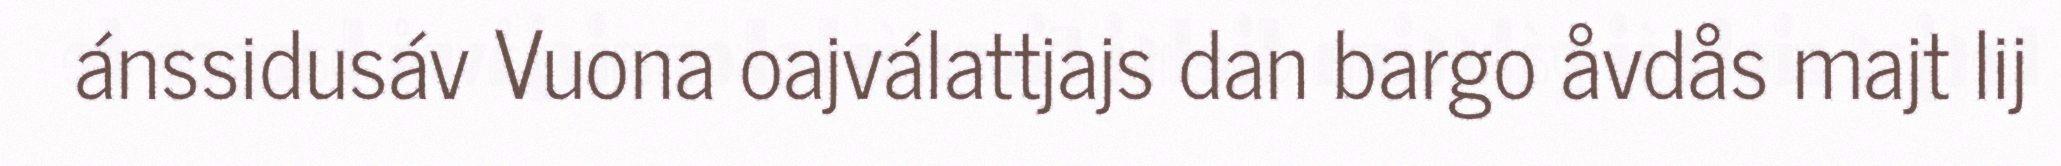
ánssidusáv Vuona oajválattjajs dan bargo åvdås majt lij